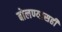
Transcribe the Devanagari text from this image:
बोलण्यासही